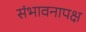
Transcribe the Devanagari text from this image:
संभावनापक्ष